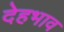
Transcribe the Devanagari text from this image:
देहभाव